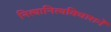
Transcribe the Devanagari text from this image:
नित्यानित्यविचारानें